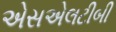
એસએલટીબી